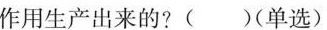
作用生产出来的?()(单选)